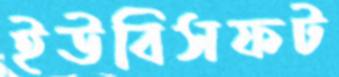
ইউবিসফট